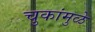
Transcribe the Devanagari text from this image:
चुकांमुळे